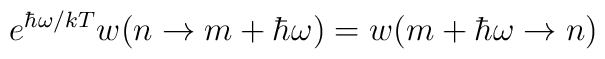
e^{\hbar\omega/kT}w(n \rightarrow m + \hbar\omega)= w(m + \hbar\omega \rightarrow n)